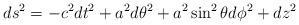
LaTeX: \begin{align*}ds^2 = - c^2 dt^2 + a^2 d\theta^2 + a^2 \sin^2\theta d\phi^2+ dz^2\end{align*}